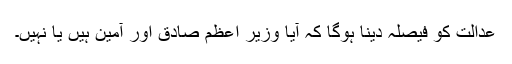
عدالت کو فیصلہ دینا ہوگا کہ آیا وزیر اعظم صادق اور آمین ہیں یا نہیں۔